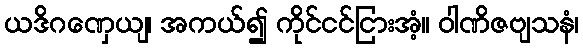
ယဒိဂဏှေယျ၊ အကယ်၍ ကိုင်ငင်ငြားအံ့။ ဝါဏိဇဗျသနံ၊